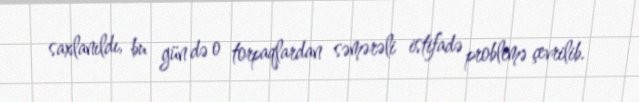
saxlanıldı, bu gün də o torpaqlardan səmərəli istifadə problemə çevrilib.